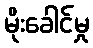
မိုးခေါင်မှု